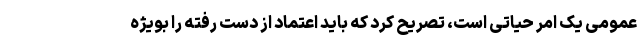
عمومی یک امر حیاتی است، تصریح کرد که باید اعتماد از دست رفته را بویژه